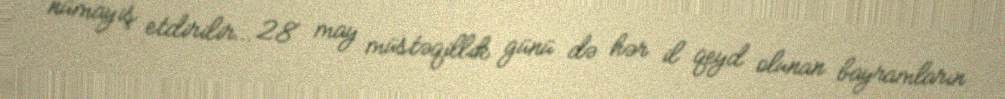
nümayiş etdirilir… 28 may müstəqillik günü də hər il qeyd olunan bayramların